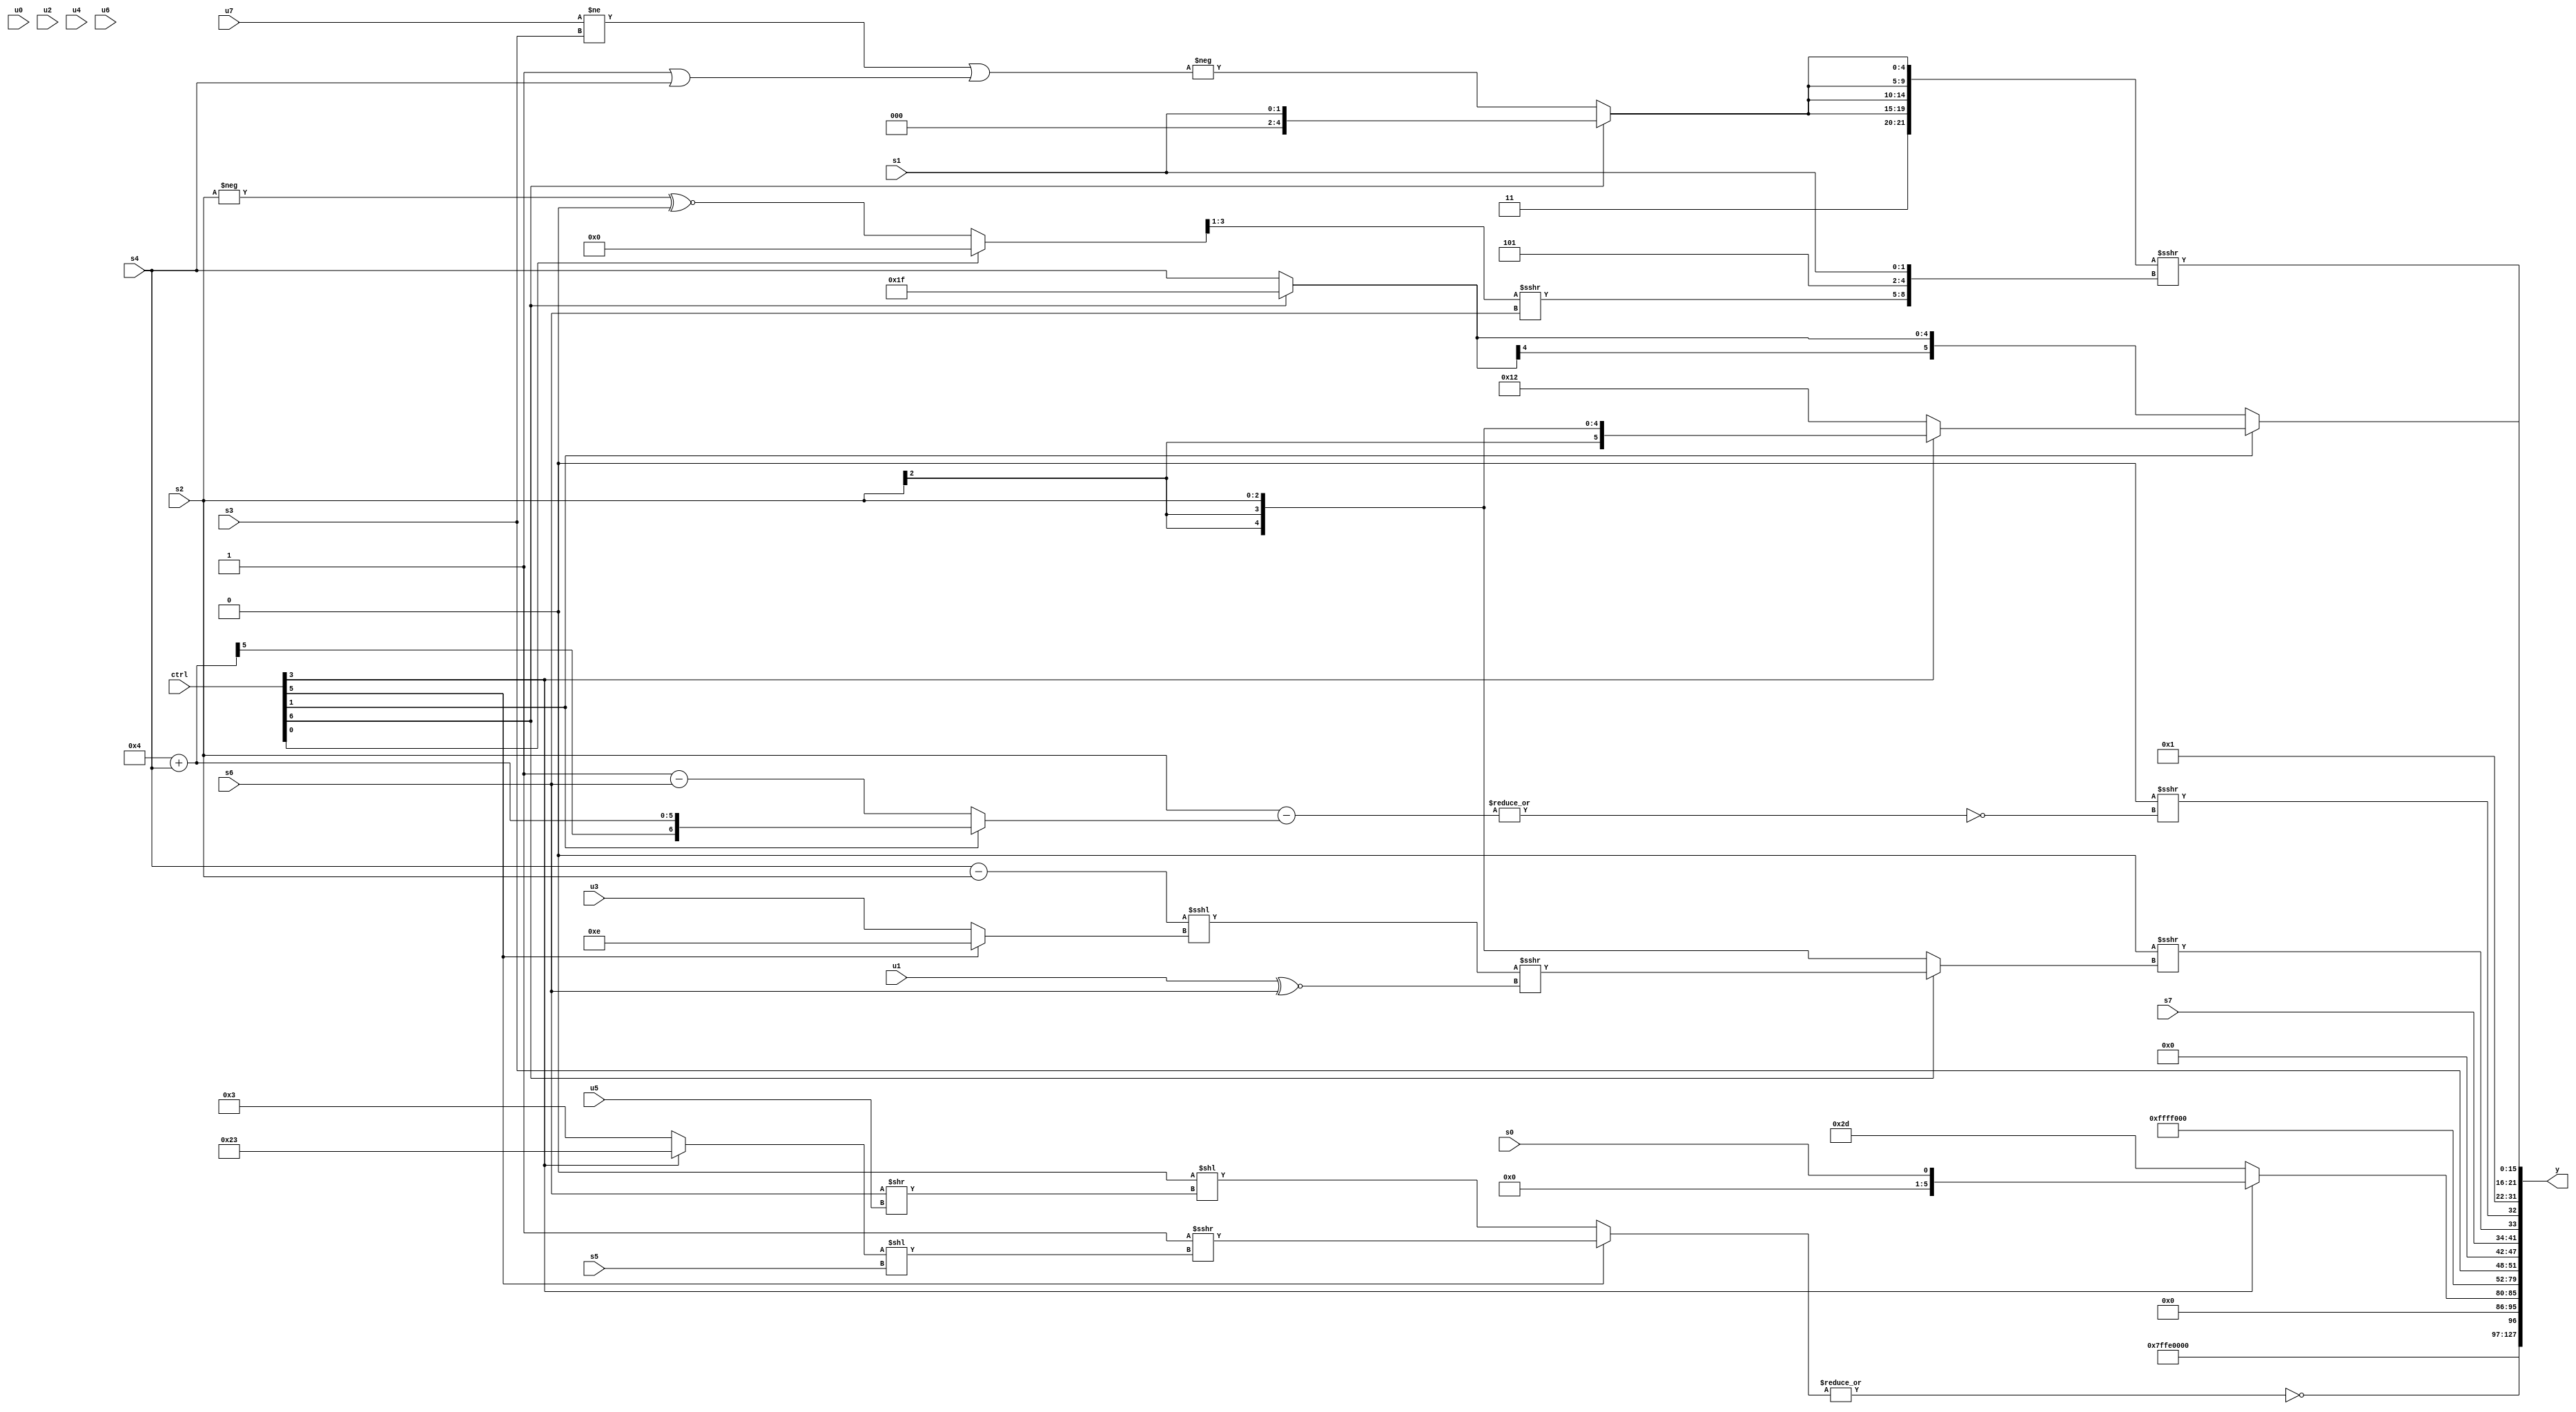
module wideexpr_00775(ctrl, u0, u1, u2, u3, u4, u5, u6, u7, s0, s1, s2, s3, s4, s5, s6, s7, y);
  input [7:0] ctrl;
  input [0:0] u0;
  input [1:0] u1;
  input [2:0] u2;
  input [3:0] u3;
  input [4:0] u4;
  input [5:0] u5;
  input [6:0] u6;
  input [7:0] u7;
  input signed [0:0] s0;
  input signed [1:0] s1;
  input signed [2:0] s2;
  input signed [3:0] s3;
  input signed [4:0] s4;
  input signed [5:0] s5;
  input signed [6:0] s6;
  input signed [7:0] s7;
  output [127:0] y;
  wire [15:0] y0;
  wire [15:0] y1;
  wire [15:0] y2;
  wire [15:0] y3;
  wire [15:0] y4;
  wire [15:0] y5;
  wire [15:0] y6;
  wire [15:0] y7;
  assign y = {y0,y1,y2,y3,y4,y5,y6,y7};
  assign y0 = 4'sb1100;
  assign y1 = ~|((ctrl[5]?($signed($unsigned(1'sb1)))>>>(($signed((ctrl[3]?6'sb100011:3'sb011)))<<(s5)):$signed(((-(1'sb0))&($signed(5'b00110)))<<((+(s6))>>($signed(u5))))));
  assign y2 = (ctrl[3]?(ctrl[3]?s0:(s1)>>(((+(s1))^~($signed(6'sb111011)))>>>((ctrl[1]?$unsigned(|(($signed(s6))<<<($signed(s2)))):3'sb011)))):{2{3'sb101}});
  assign y3 = 2'sb11;
  assign y4 = $unsigned(s3);
  assign y5 = {s7,(1'sb0)>>>((ctrl[6]?(((s4)-(s2))<<<((ctrl[5]?4'b1110:u3)))>>>(($signed(u1))^~(s6)):s2)),($signed(~|({$signed(2'sb01),+(6'sb100010),!(u6)})))>>>(~|((s2)-((ctrl[1]?(6'sb000100)+(s4):(4'sb1111)-(s6)))))};
  assign y6 = {3'sb001,$signed($signed((ctrl[1]?(ctrl[3]?s2:6'sb010010):(ctrl[6]?1'sb1:s4))))};
  assign y7 = ({(1'sb1)^~(2'sb11),{4{(ctrl[6]?s1:-(($unsigned((u7)!=(s3)))|($signed((2'b01)|(s4)))))}}})>>>({(((ctrl[0]?1'sb0:(-(s2))^~((4'sb1001)&((s1)>>(5'sb01101)))))>>>(~&({-((u7)^~(u4)),$signed(-(5'b01010))})))>>>({1{$unsigned(s6)}}),3'sb101,$signed(s1)});
endmodule